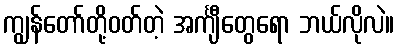
ကျွန်တော်တို့ဝတ်တဲ့ အင်္ကျီတွေရော ဘယ်လိုလဲ။